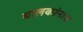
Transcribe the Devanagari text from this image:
बालकांनाच